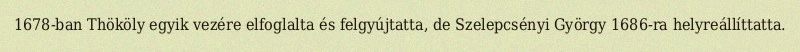
1678-ban Thököly egyik vezére elfoglalta és felgyújtatta, de Szelepcsényi György 1686-ra helyreállíttatta.